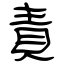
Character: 責